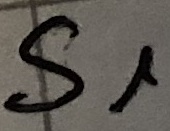
Text: S1